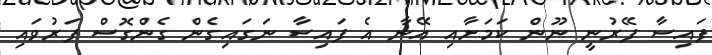
ފައިސާ ފޭރުނީ ނޫން ކަމަށާއި އޭނާ އެ ފައިސާ ނަގައިގެން ގެންގޮސް ފަރުވައި